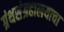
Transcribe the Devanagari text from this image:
ग्रंथसंग्रहालयाचा